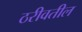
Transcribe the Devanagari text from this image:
ठरीवतील